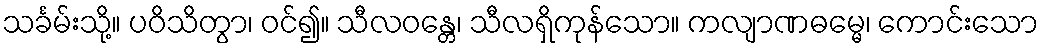
သင်္ခမ်းသို့။ ပဝိသိတွာ၊ ဝင်၍။ သီလဝန္တေ၊ သီလရှိကုန်သော။ ကလျာဏဓမ္မေ၊ ကောင်းသော